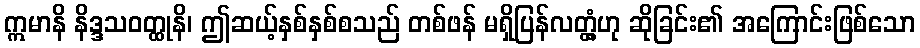
ဣမာနိ နိဒ္ဒသဝတ္ထုနိ၊ ဤဆယ့်နှစ်နှစ်စသည် တစ်ဖန် မရှိပြန်လတ္တံ့ဟု ဆိုခြင်း၏ အကြောင်းဖြစ်သော